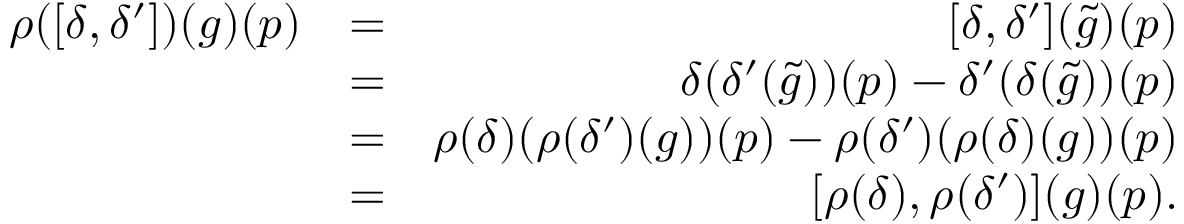
\begin{array} { r l r } { \rho ( [ \delta , \delta ^ { \prime } ] ) ( g ) ( p ) } & { = } & { [ \delta , \delta ^ { \prime } ] ( \tilde { g } ) ( p ) } \\ & { = } & { \delta ( \delta ^ { \prime } ( \tilde { g } ) ) ( p ) - \delta ^ { \prime } ( \delta ( \tilde { g } ) ) ( p ) } \\ & { = } & { \rho ( \delta ) ( \rho ( \delta ^ { \prime } ) ( g ) ) ( p ) - \rho ( \delta ^ { \prime } ) ( \rho ( \delta ) ( g ) ) ( p ) } \\ & { = } & { [ \rho ( \delta ) , \rho ( \delta ^ { \prime } ) ] ( g ) ( p ) . } \end{array}